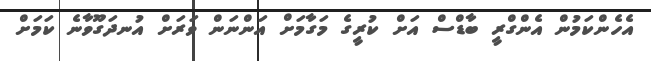
އެހެންކަމުން އެންގްރީ ބާޑްސް އަށް ކުރީގެ މަގާމަށް އަންނަން ވަރަށް އުނދަގޫވާނެ ކަމަށް